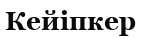
Кейіпкер